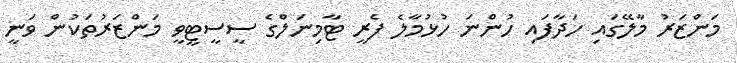
މަންޒަރު މާލޭގައި ހަދާފައި ހުންނަ ހުޅުމާލެ ފެރީ ޓާމިނަލްގެ ސީސީޓީވީ މަންޒަރުތަކުން ވަނީ